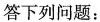
答下列问题：